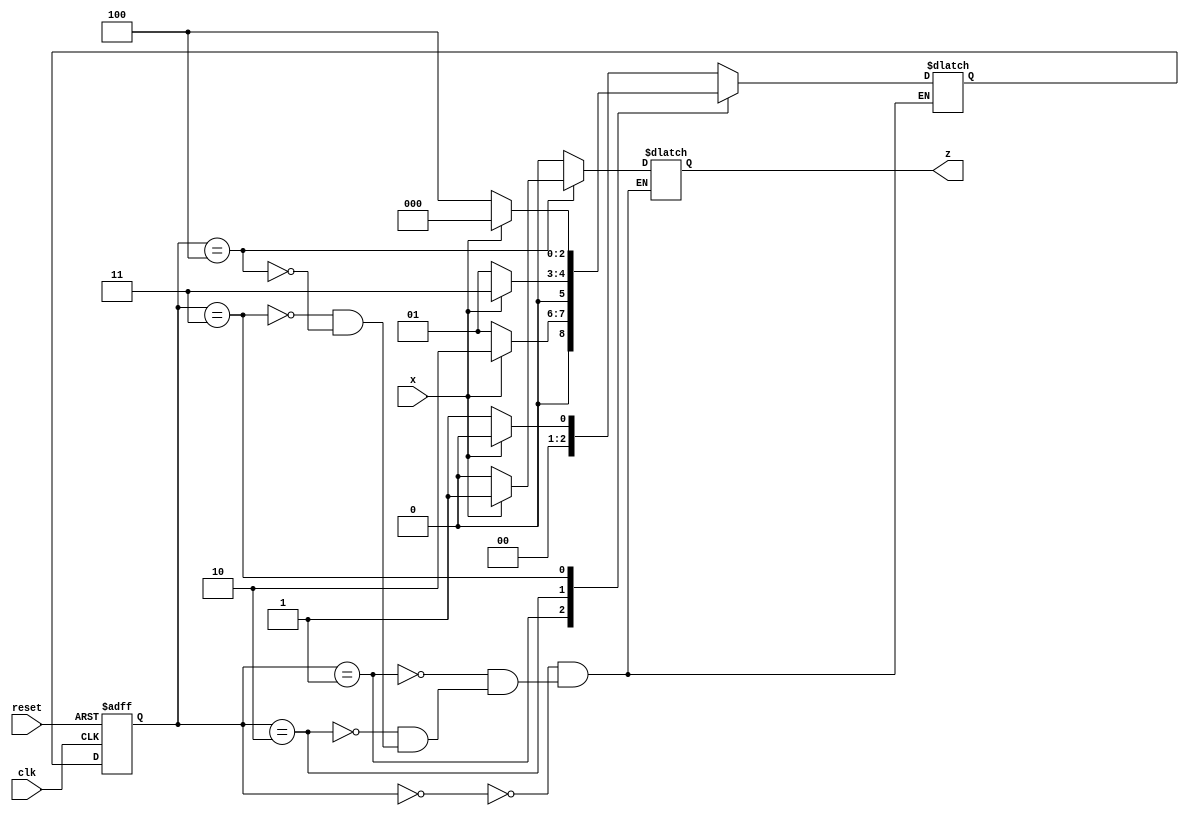
module sequenc(z,x,clk,reset);
output reg  z;
input x,clk,reset;
parameter s0=3'b000;
parameter s1=3'b001;
parameter s2=3'b010;
parameter s3=3'b011;
parameter s4=3'b100;
reg [2:0]PS,NS;
always @(posedge clk or posedge reset)
begin
 if(reset)
  PS <= 3'b000;
 else
  PS <= NS;
end
always @(PS or x)
begin
 case(PS)
   s0:begin
       z=0;
       NS=x?s0:s1;
      end
   s1:begin
       z=0;
       NS=x?s2:s1;
      end
   s2:begin
       z=0;
       NS=x?s3:s1;
      end
   s3:begin
       z=0;
       NS=x?s0:s4;
      end
   s4:begin
       z=x?1:0;
       NS=x?s0:s1;
      end
 endcase
end
endmodule